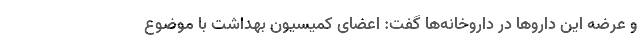
و عرضه این دارو‌ها در داروخانه‌ها گفت: اعضای کمیسیون بهداشت با موضوع